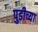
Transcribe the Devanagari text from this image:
पुडीच्या